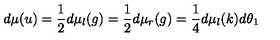
d \mu ( u ) = \frac { 1 } { 2 } d \mu _ { l } ( g ) = \frac { 1 } { 2 } d \mu _ { r } ( g ) = \frac { 1 } { 4 } d \mu _ { l } ( k ) d \theta _ { 1 }